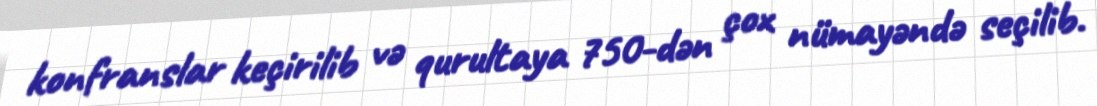
konfranslar keçirilib və qurultaya 750-dən çox nümayəndə seçilib.